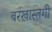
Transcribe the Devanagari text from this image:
बरख़ास्तगी